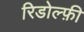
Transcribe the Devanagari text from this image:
रिडोल्फ़ी